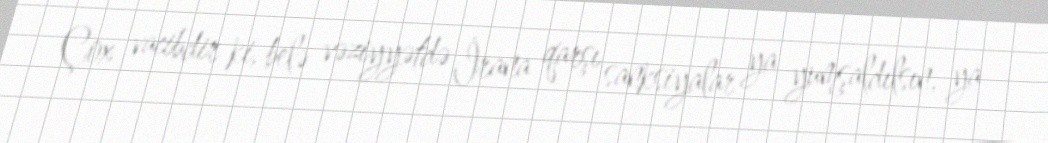
Çox vacibdir ki, belə vəziyyətdə İrana qarşı sanksiyalar ya yumşaldılsın, ya